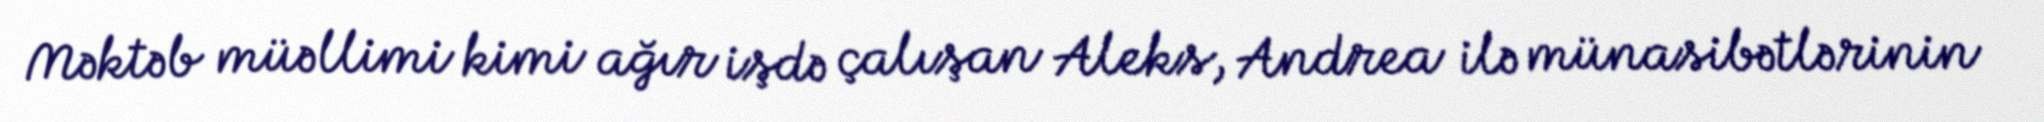
Məktəb müəllimi kimi ağır işdə çalışan Aleks, Andrea ilə münasibətlərinin